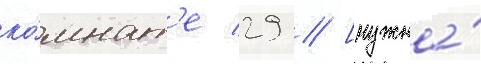
ко́мнат'е 29 // [нужна́